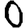
Digit: 0